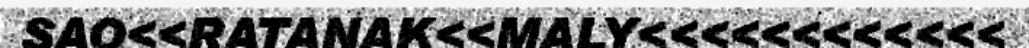
SAO<<RATANAK<<MALY<<<<<<<<<<<<